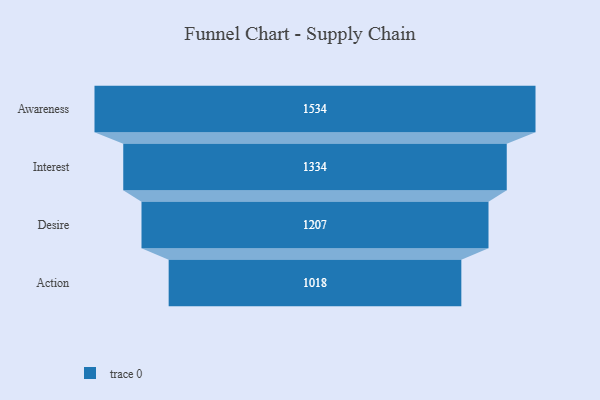
{"axis": {"x": "Stage", "y": "Value"}, "legend": [""], "data": [{"x": "Awareness", "y": 1534.0, "type": ""}, {"x": "Interest", "y": 1334.0, "type": ""}, {"x": "Desire", "y": 1207.0, "type": ""}, {"x": "Action", "y": 1018.0, "type": ""}]}